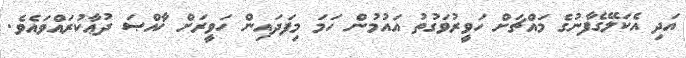
އަދި އެކަލޭގެފާނުގެ މައްޗަށް ހަވީރުވަގުތު އައުމުން ހަމަ މިފަދައިން ހަވީރަށް ޚާއްޞަ ދުޢާކުރައްވައެވެ.